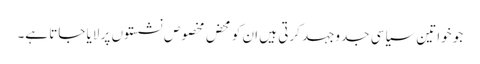
جو خواتین سیاسی جدوجہد کرتی ہیں ان کو محض مخصوص نشستوں پر لایا جاتا ہے۔